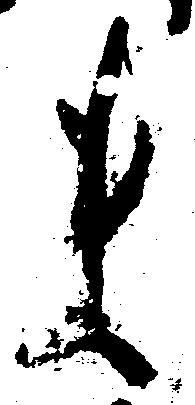
ま